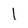
Character: l